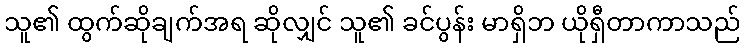
သူ၏ ထွက်ဆိုချက်အရ ဆိုလျှင် သူ၏ ခင်ပွန်း မာရှိဘ ယိုရှီတာကာသည်